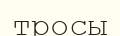
тросы